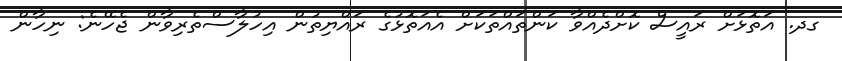
ގދ. އަތޮޅަށް ރައީސް ކޮށްދެއްވާ ކަންތައްތަކަށް އެއަތޮޅުގެ ރައްޔިތުން އިހުލާސްތެރިވާން ޖެހޭނެ: ނިހާން